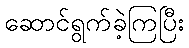
ဆောင်ရွက်ခဲ့ကြပြီး